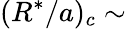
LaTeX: (R^{*}/a)_{c}\sim